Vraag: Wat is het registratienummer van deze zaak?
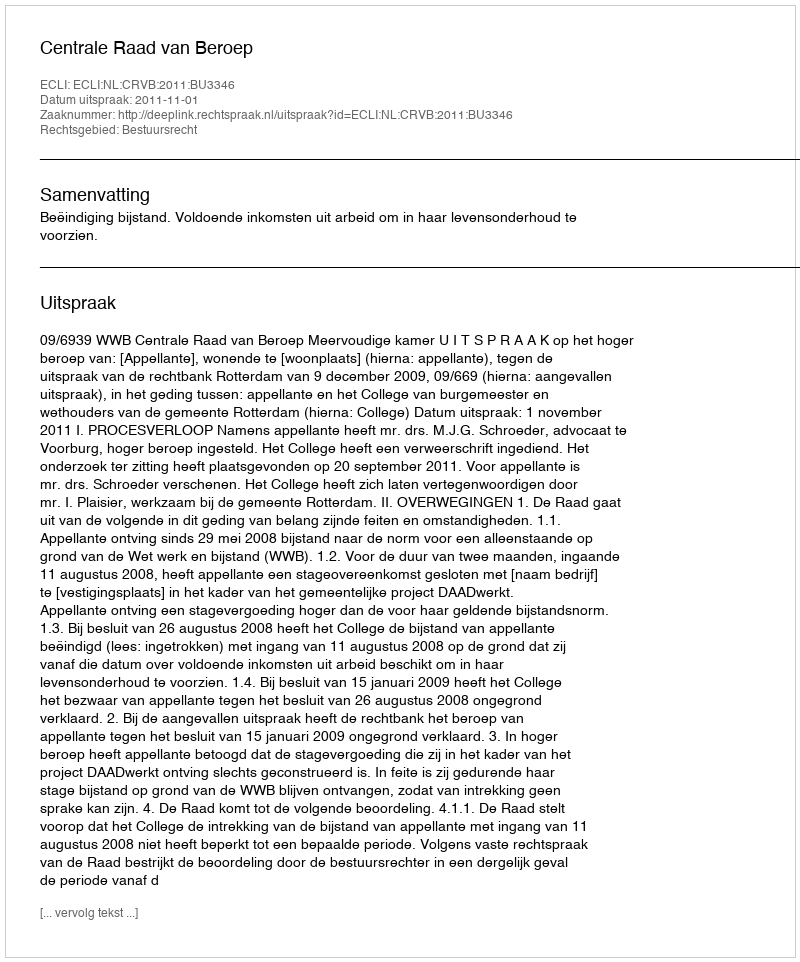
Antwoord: http://deeplink.rechtspraak.nl/uitspraak?id=ECLI:NL:CRVB:2011:BU3346